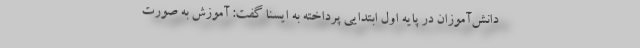
دانش‌آموزان در پایه اول ابتدایی پرداخته به ایسنا گفت: آموزش به صورت